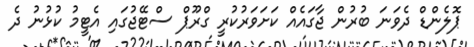
ޕޮލެންޑް ދެވަނަ ބުރުން ޖާގައެއް ކަށަވަރުކުރީ ގްރޫޕް ސްޓޭޖުގައި އެޓީމު ކުޅުނު ދެ